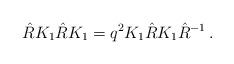
LaTeX: \begin{align*}\hat{R} K_{1} \hat{R} K_{1} = q^{2} K_{1} \hat{R} K_{1} \hat{R}^{-1}\,.\end{align*}